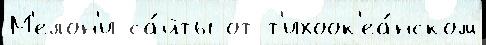
М'елон'и са́йты от т'ихоок'еа́нском